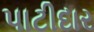
પાટીદાર